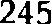
245